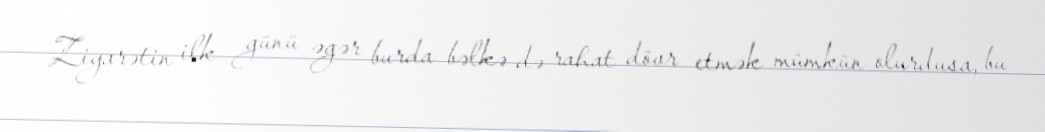
Ziyarətin ilk günü əgər burda bəlkə də rahat dövr etmək mümkün olurdusa, bu